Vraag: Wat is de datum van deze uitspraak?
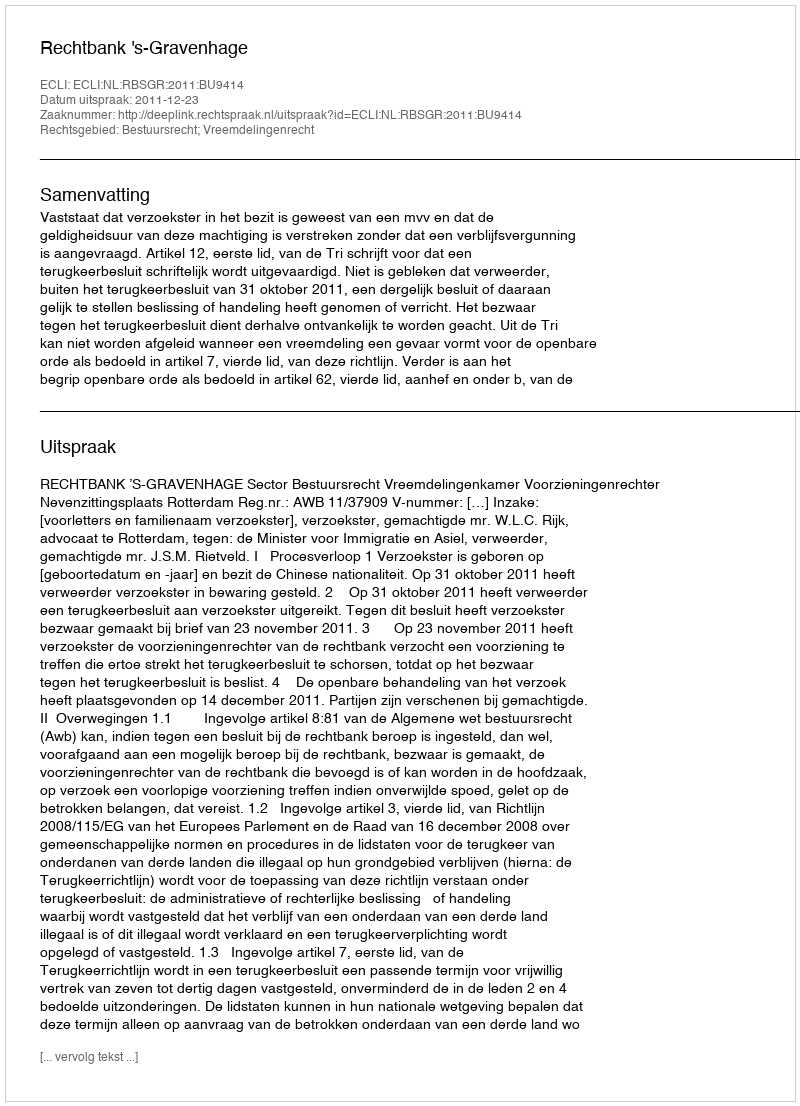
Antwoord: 2011-12-23